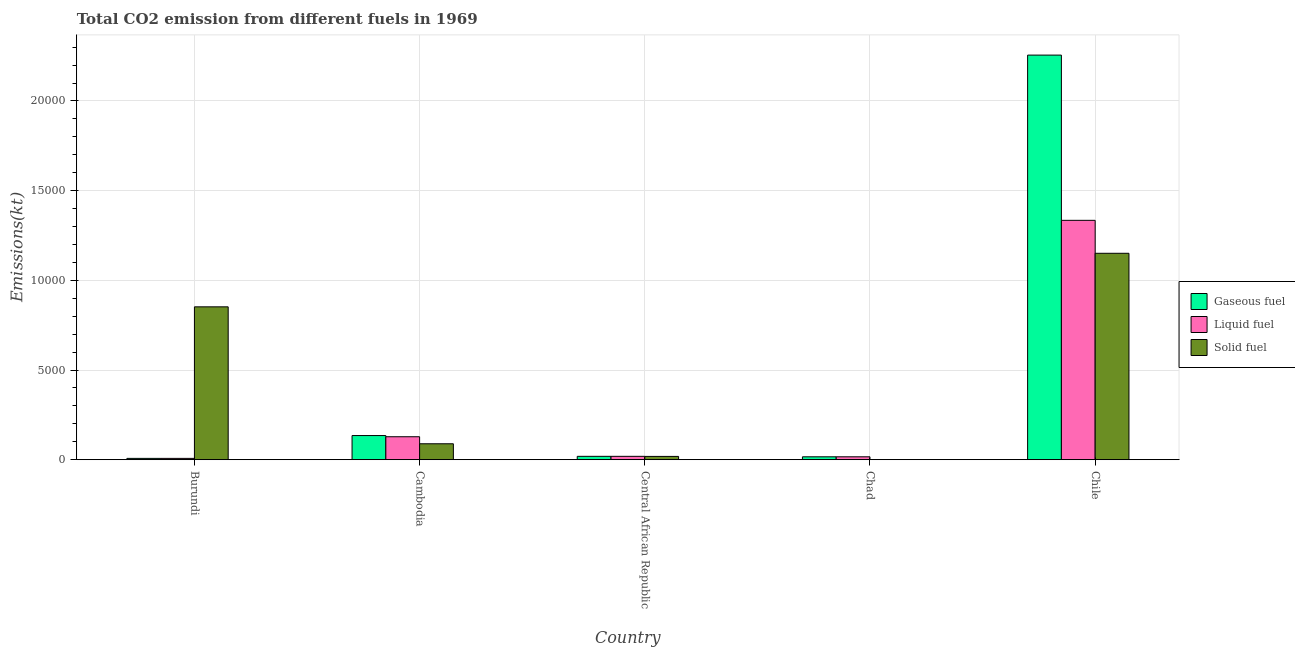
| Country | Gaseous fuel | Liquid fuel | Solid fuel |
 | --- | --- | --- | --- |
 | Burundi | 73.3 | 73.3 | 8.52e+03 |
 | Cambodia | 1.35e+03 | 1.28e+03 | 887 |
 | Central African Republic | 187 | 187 | 183 |
 | Chad | 161 | 161 | 3.67 |
 | Chile | 2.26e+04 | 1.33e+04 | 1.15e+04 |